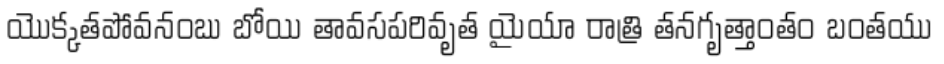
యొక్కతపోవనంబు బోయి తావసపరివృత యైయా రాత్రి తనగృత్తాంతం బంతయు